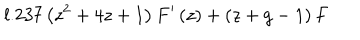
l . 2 3 7 \left( z ^ { 2 } + 4 z + 1 \right) F ^ { \prime } \left( z \right) + \left( z + g - 1 \right) F